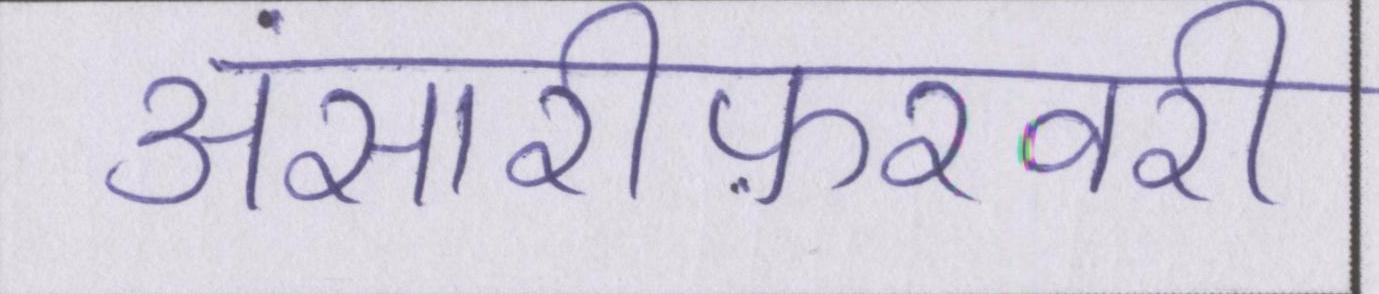
अंसारीफ़रवरी